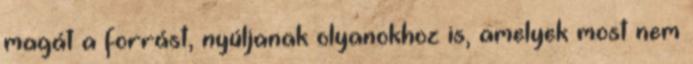
magát a forrást, nyúljanak olyanokhoz is, amelyek most nem